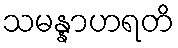
သမန္နာဟရတိ